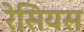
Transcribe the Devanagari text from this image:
रेसियस